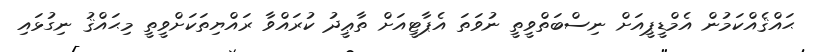
ޙައްޤެއްކަމުން އެމްޑީޕީއަށް ނިސްބަތްވީތީ ނުވަތަ އެޕާޓީއަށް ތާޢީދު ކުރައްވާ ރައްޔިތަކަށްވީތީ މިޙައްޤު ނިގުޅައި